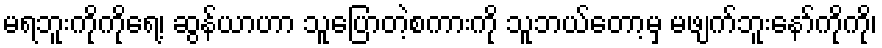
မရဘူးကိုကိုရေ့၊ ဆွန်ယာဟာ သူပြောတဲ့စကားကို သူဘယ်တော့မှ မဖျက်ဘူးနော်ကိုကို၊